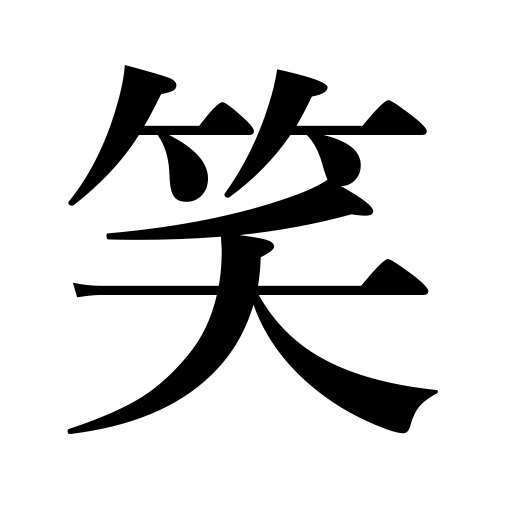
Meanings: be in full bloom,split,laughter,smile,laugh,bloom,open,crack,ridicule